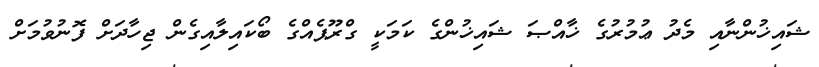
ޝައިޚުންނާއި މެދު ޢުމުރުގެ ޚާއްޞަ ޝައިޚުންގެ ކަމަކީ ގްރޫޕެއްގެ ބޯކައިލާއިގެން ޖިހާދަށް ފޮނުވުމަށް